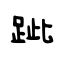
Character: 跐